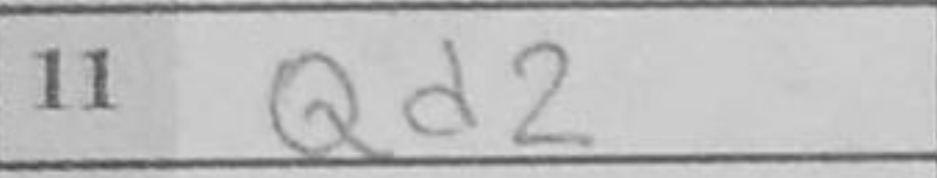
Transcription: Qd2